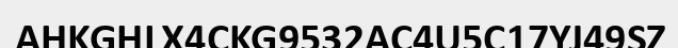
AHKGHLX4CKG9532AC4U5C17YJ49SZ